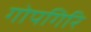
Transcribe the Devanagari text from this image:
गोपगिरि